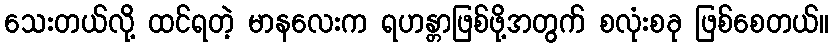
သေးတယ်လို့ ထင်ရတဲ့ မာနလေးက ရဟန္တာဖြစ်ဖို့အတွက် စလုံးစခု ဖြစ်စေတယ်။